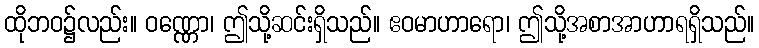
ထိုဘဝ၌လည်း။ ဝဏ္ဏော၊ ဤသို့ဆင်းရှိသည်။ ဧဝမာဟာရော၊ ဤသို့အစာအာဟာရရှိသည်။